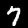
Label: 7